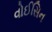
વોઈસિન